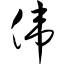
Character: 伟